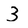
Character: 3